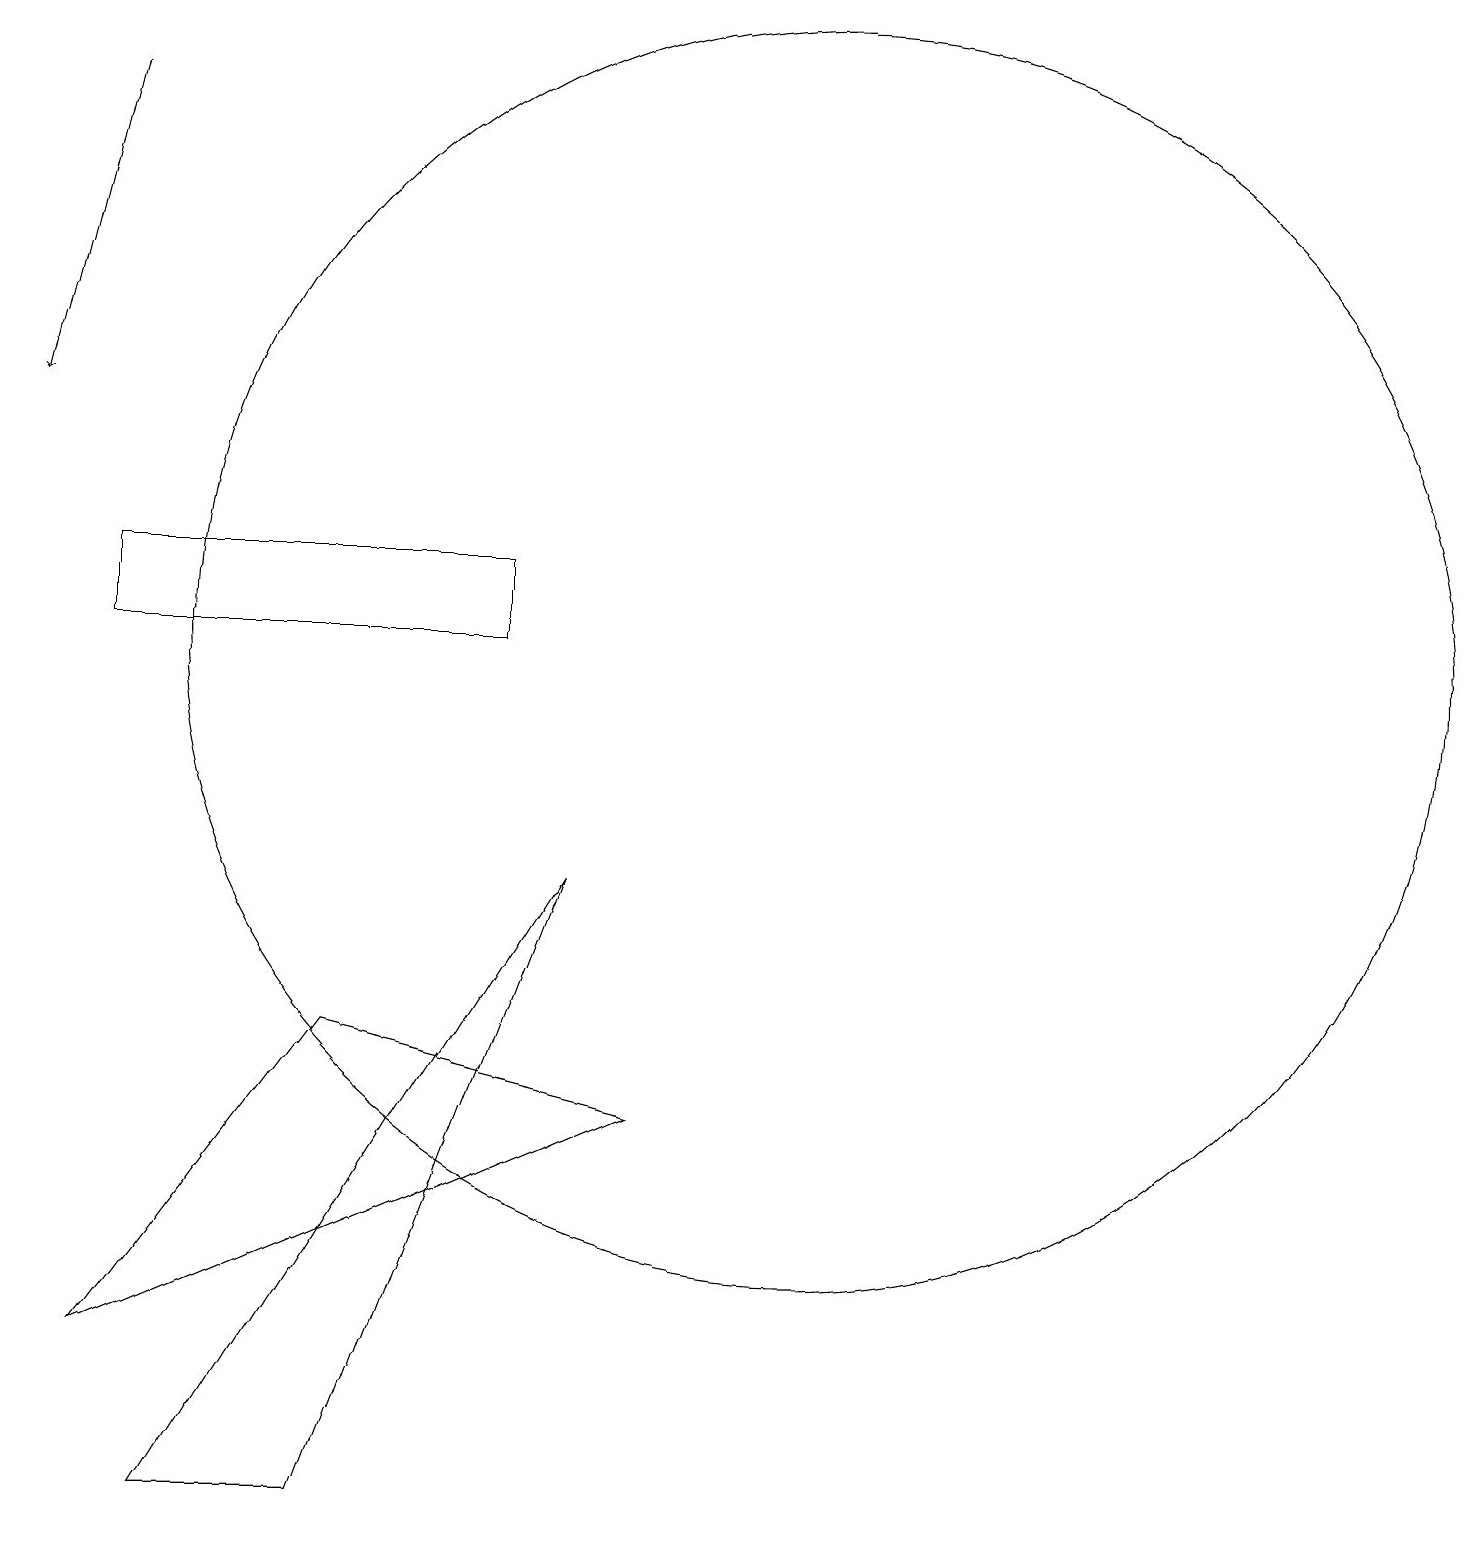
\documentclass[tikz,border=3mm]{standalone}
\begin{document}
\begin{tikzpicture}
\draw (4,6) -- (1,2) -- (8,5) -- cycle;
\draw[->] (1,18) -- (0,14);
\draw (4,0) -- (2,0) -- (7,8) -- cycle;
\draw (1,12) rectangle (6,11);
\draw (10,11) circle (8);
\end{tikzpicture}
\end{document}